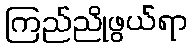
ကြည်ညိုဖွယ်ရာ